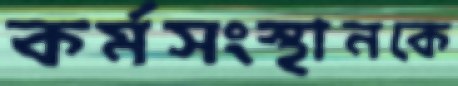
কর্মসংস্থানকে